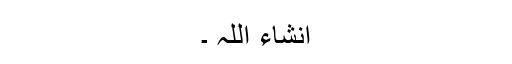
انشاء اللہ ۔